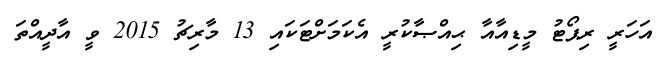
އަހަރީ ރިޕޯޓު މީޑިއާއާ ޙިއްޞާކުރީ އެކަމަށްޓަކައި 13 މާރިޗު 2015 ވީ އާދީއްތަ